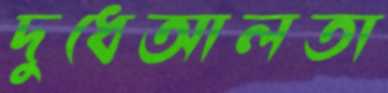
দুধেআলতা